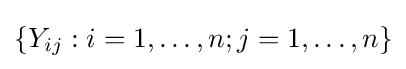
\{Y_{ij}:i=1,\dots ,n;j=1,\dots ,n\}